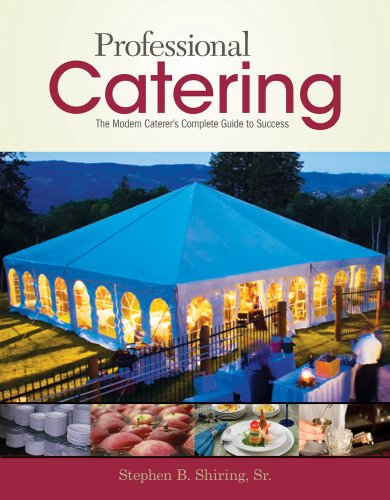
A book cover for Professional Catering; Stephen B. Shiring; Cookbooks, Food & Wine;